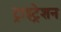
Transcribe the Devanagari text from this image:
ट्राइट्रेशन